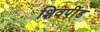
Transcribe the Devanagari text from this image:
शिवपींड